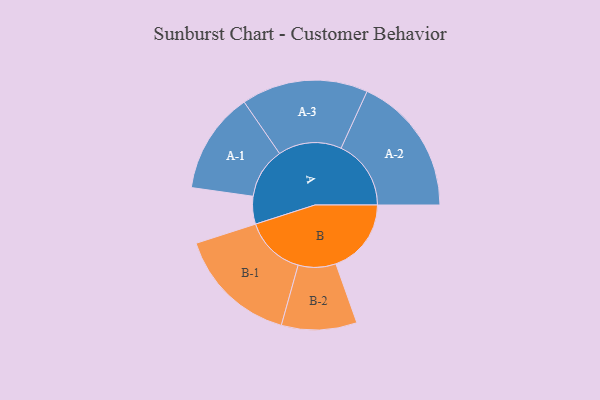
{"axis": {"x": "Segment", "y": "Value"}, "legend": ["", "A", "B"], "data": [{"x": "A", "y": 108, "type": ""}, {"x": "B", "y": 294, "type": ""}, {"x": "A-1", "y": 198, "type": "A"}, {"x": "A-2", "y": 273, "type": "A"}, {"x": "A-3", "y": 247, "type": "A"}, {"x": "B-1", "y": 236, "type": "B"}, {"x": "B-2", "y": 147, "type": "B"}]}